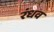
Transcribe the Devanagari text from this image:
रंधव